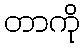
တာကို